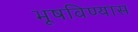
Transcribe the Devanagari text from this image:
भूषविण्यास